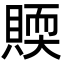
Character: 䞂